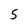
Character: 5